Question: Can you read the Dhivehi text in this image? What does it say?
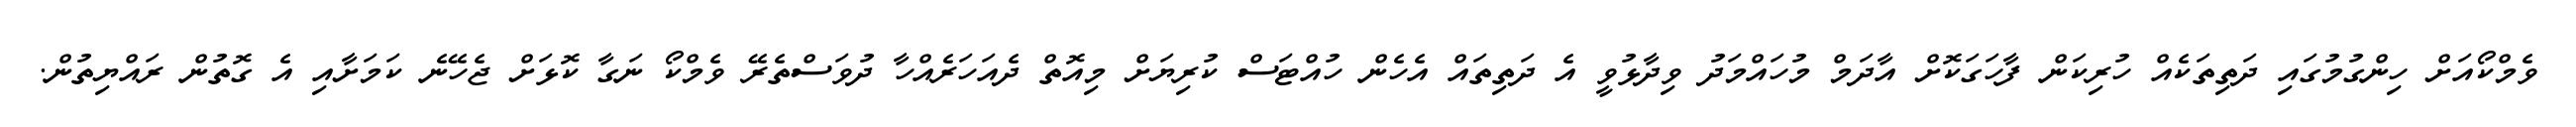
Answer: ވެމްކޯއަށް ހިންގުމުގައި ދަތިތަކެއް ހުރިކަން ފާހަގަކޮށް އާދަމް މުހައްމަދު ވިދާޅުވީ އެ ދަތިތައް އެހެން ހުއްޓަސް ކުރިޔަށް މިއޮތް ދެއަހަރެއްހާ ދުވަސްތެރޭ ވެމްކޯ ނަގާ ކޮޅަށް ޖެހޭނެ ކަމަށާއި އެ ގޮތުން ރައްޔިތުން.